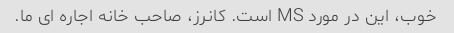
خوب، این در مورد MS است. کانرز، صاحب خانه اجاره ای ما.